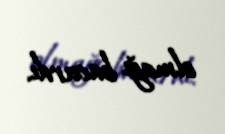
olmağı bacardı.